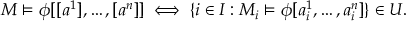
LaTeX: M \models \phi [ [ a ^ { 1 } ] , \ldots , [ a ^ { n } ] ] \iff \{ i \in I : M _ { i } \models \phi [ a _ { i } ^ { 1 } , \ldots , a _ { i } ^ { n } ] \} \in U .